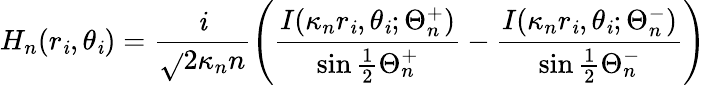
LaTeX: H_{n}(r_{\mathit{i}},\theta_{\mathit{i}})=\frac{{\mathrm{{\mathit{i}}}}}{{\sqrt{}{{2\kappa_{n}}}n}}\left(\frac{{I(\kappa_{n}r_{\mathit{i}},\theta_{\mathit{i}};\Theta_{n}^{+})}}{{\sin\frac{{1}}{{2}}\Theta_{n}^{+}}}-\frac{{I(\kappa_{n}r_{\mathit{i}},\theta_{\mathit{i}};\Theta_{n}^{-})}}{{\sin\frac{{1}}{{2}}\Theta_{n}^{-}}}\right)